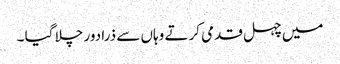
میں چہل قدمی کرتے وہاں سے ذرا دور چلا گیا ۔